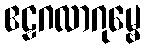
ဧဠဂလာဂုမ္ဗေ